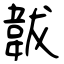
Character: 韍